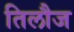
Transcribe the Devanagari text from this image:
तिलौज